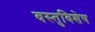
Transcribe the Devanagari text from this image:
वस्तुविशेष